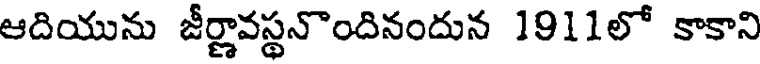
ఆదియును జీర్ణావస్థనొందినందున 1911లో కాకాని